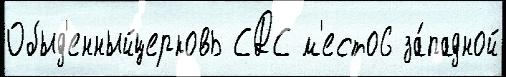
Обыд'енныйцерковь СДС м'есто6 за́падной